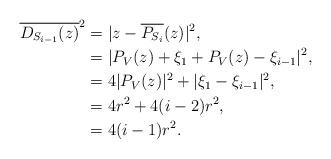
LaTeX: \begin{align*}\overline{D_{S_{i-1}}(z)}^{2} & = |z - \overline{P_{S_i}}(z)|^{2}, \\ &= | P_{V}(z) + \xi_{1} + P_{V}(z) - \xi_{i-1} |^{2} , \\&= 4 |P_V(z)|^{2}+ |\xi_{1} - \xi_{i-1}|^{2}, \\&=4r^{2}+4 (i-2 ) r^{2}, \\ &= 4(i-1)r^{2}.\end{align*}